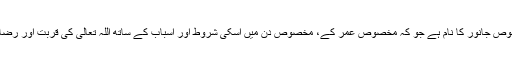
شرعیت اسلامیہ میں اس مخصوص جانور کا نام ہے جو کہ مخصوص عمر کے، مخصوص دن میں اسکی شروط اور اسباب کے ساتھ اللہ تعالیٰ کی قربت اور رضا جوئی کے لئے ذبح کیا جائے۔